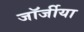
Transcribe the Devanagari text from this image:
जॉर्जीया